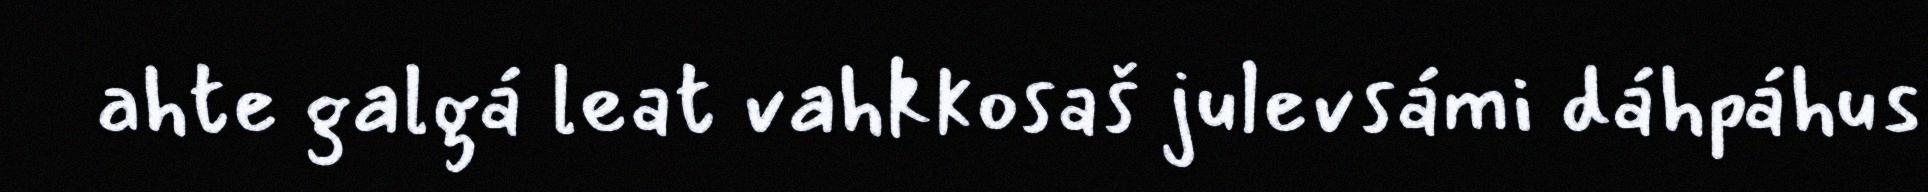
ahte galgá leat vahkkosaš julevsámi dáhpáhus